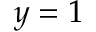
y = 1